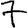
Digit: 7